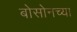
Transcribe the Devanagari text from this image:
बोसोनच्या